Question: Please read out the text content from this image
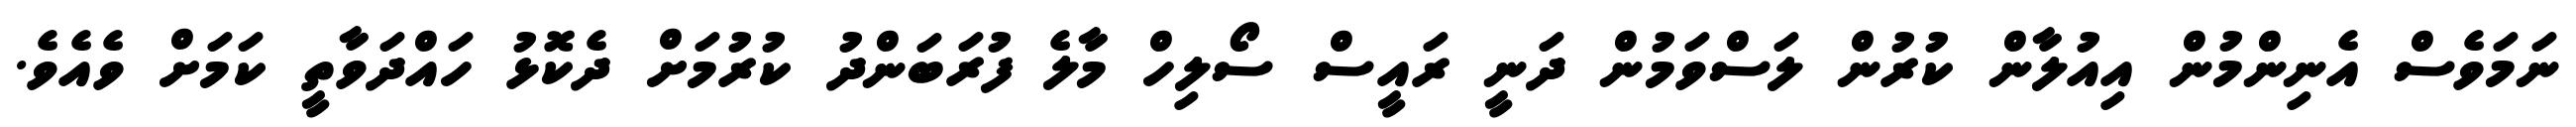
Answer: ނަމަވެސް އެނިންމުން އިއުލާން ކުރުން ލަސްވަމުން ދަނީ ރައީސް ސޯލިހް މާލެ ފުރަބަންދު ކުރުމަށް ދެކޮޅު ހައްދަވާތީ ކަމަށް ވެއެވެ.